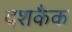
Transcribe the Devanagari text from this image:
दशकैक